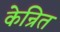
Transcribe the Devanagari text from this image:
केन्रित